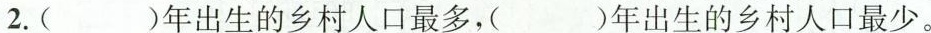
2.( )年出生的乡村人口最多，( )年出生的乡村人口最少。